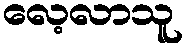
လေ့လာသူ